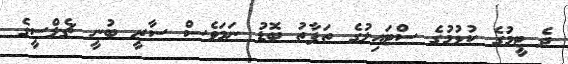
ދެ ޓީމުގެ ކުޅުމުގެ ސްޓައިލުގެ ތަފާތު ބޮޑު ނަމަވެސް ސާރީ ބުނީ ޗެލްސީގެ